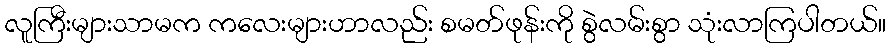
လူကြီးများသာမက ကလေးများဟာလည်း စမတ်ဖုန်းကို စွဲလမ်းစွာ သုံးလာကြပါတယ်။